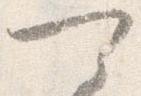
可